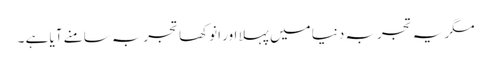
مگر یہ تجربہ دنیا میں پہلا اور انوکھا تجربہ سامنے آیا ہے ۔